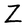
Character: Z